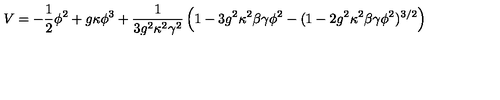
V = - \frac { 1 } { 2 } \phi ^ { 2 } + g \kappa \phi ^ { 3 } + \frac { 1 } { 3 g ^ { 2 } \kappa ^ { 2 } \gamma ^ { 2 } } \left( 1 - 3 g ^ { 2 } \kappa ^ { 2 } \beta \gamma \phi ^ { 2 } - ( 1 - 2 g ^ { 2 } \kappa ^ { 2 } \beta \gamma \phi ^ { 2 } ) ^ { 3 / 2 } \right)